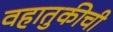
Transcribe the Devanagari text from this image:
वहातुकीची